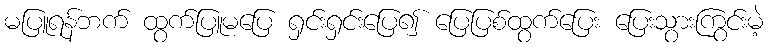
မပြူရန်ဘက် ထွက်ပြူမပြေ ရှင်းရှင်းပြေ၍ ပြေပြစ်ထွက်ပြေး ပြေးသွားကြွင်းမဲ့